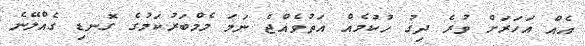
އެއް އަހަރަށް ވުރެ ދިގު ހުކުމެއް އަތުވެއްޖެ ނަމަ މެމްބަރުކަމުގެ ގޮނޑި ގެއްލޭނެ